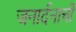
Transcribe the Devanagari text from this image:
जनार्दनाची